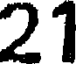
21